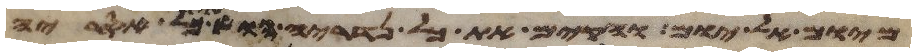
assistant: מיום אל יום והקם את כל נדריה או את כל אסריה